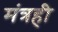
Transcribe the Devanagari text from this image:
मंत्रही